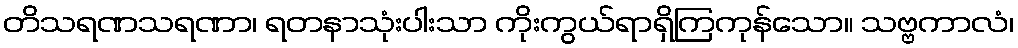
တိသရဏသရဏာ၊ ရတနာသုံးပါးသာ ကိုးကွယ်ရာရှိကြကုန်သော။ သဗ္ဗကာလံ၊